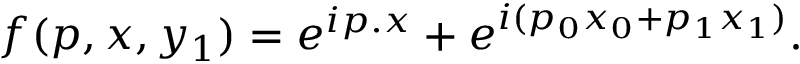
f ( p , x , y _ { 1 } ) = e ^ { i p . x } + e ^ { i ( p _ { 0 } x _ { 0 } + p _ { 1 } x _ { 1 } ) } .